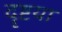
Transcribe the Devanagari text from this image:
दॄष्टया